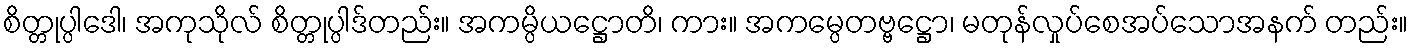
စိတ္တုပ္ပါဒေါ၊ အကုသိုလ် စိတ္တုပ္ပါဒ်တည်း။ အကမ္ပိယဋ္ဌောတိ၊ ကား။ အကမ္ပေတဗ္ဗဋ္ဌော၊ မတုန်လှုပ်စေအပ်သောအနက် တည်း။